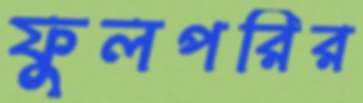
ফুলপরির